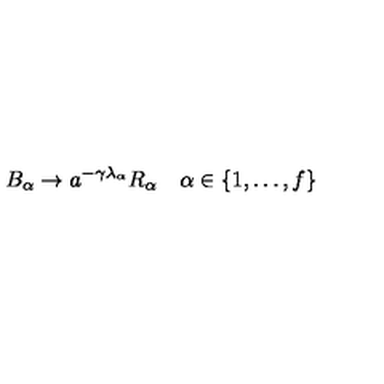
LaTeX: B _ { \alpha } \to a ^ { - \gamma \lambda _ { \alpha } } R _ { \alpha } \quad \alpha \in \{ 1 , \ldots , f \}